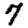
Digit: 7